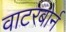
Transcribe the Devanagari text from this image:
वाटरबोर्न